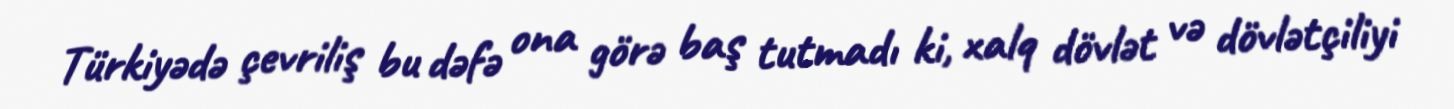
Türkiyədə çevriliş bu dəfə ona görə baş tutmadı ki, xalq dövlət və dövlətçiliyi